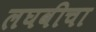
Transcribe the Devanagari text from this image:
लघवीचा